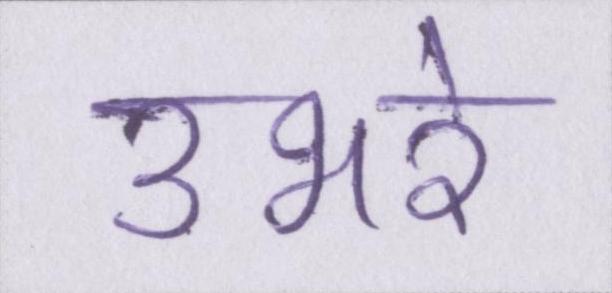
उभरे